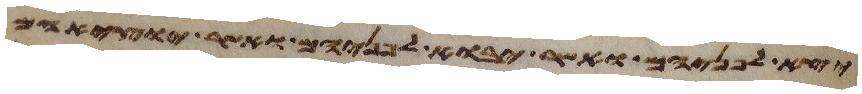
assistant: יצא לפניהם ואשר יבוא לפניהם ואשר יוציאם